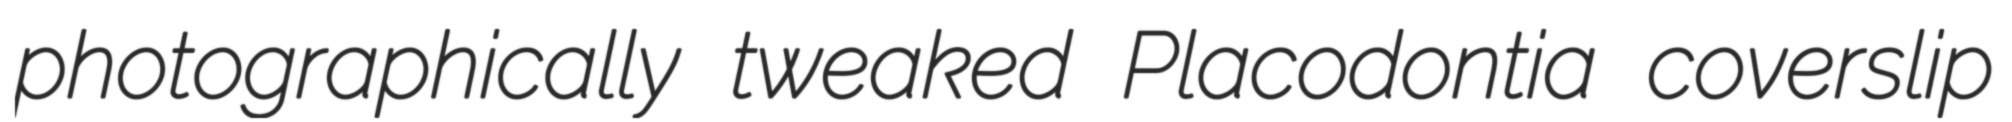
photographically tweaked Placodontia coverslip